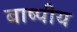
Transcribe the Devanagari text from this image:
बाष्पीय